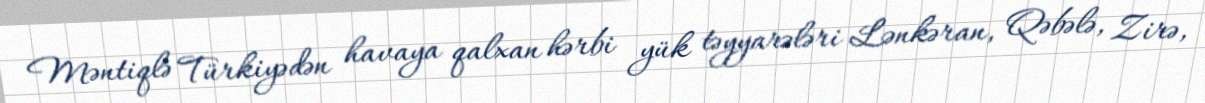
Məntiqlə Türkiyədən havaya qalxan hərbi yük təyyarələri Lənkəran, Qəbələ, Zirə,